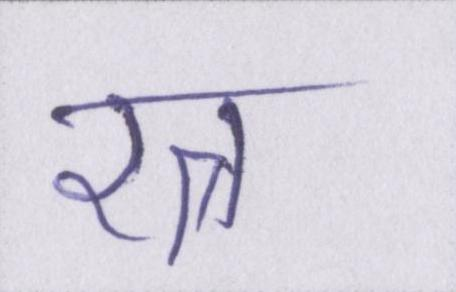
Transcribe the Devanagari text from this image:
रत्न